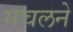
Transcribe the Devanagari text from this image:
मचलने